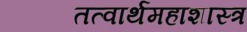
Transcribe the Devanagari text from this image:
तत्वार्थमहाशास्त्र